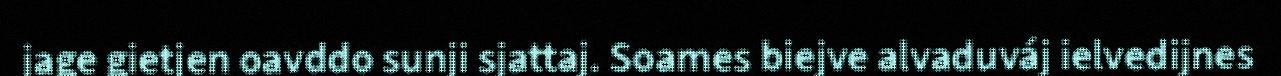
jage gietjen oavddo sunji sjattaj. Soames biejve alvaduváj ielvedijnes